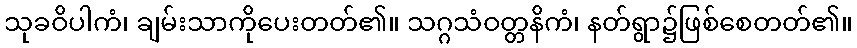
သုခဝိပါကံ၊ ချမ်းသာကိုပေးတတ်၏။ သဂ္ဂသံဝတ္တနိကံ၊ နတ်ရွာ၌ဖြစ်စေတတ်၏။